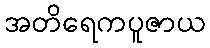
အတိရေကပူဇာယ